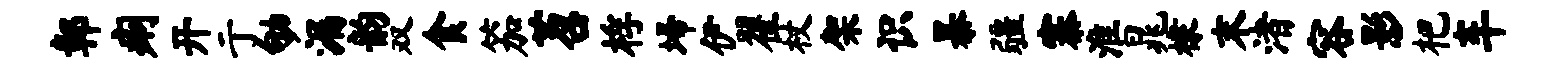
鄣痢开亍劬漏韵双食笳苕桴埽伊翟杖架识暴疆寨淮晁棣末渚容影杷车